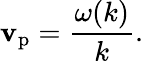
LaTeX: \mathbf{v}_{\mathrm{{p}}}={\frac{{\omega(k)}}{{k}}}.